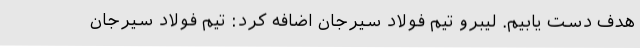
هدف دست یابیم. لیبرو تیم فولاد سیرجان اضافه کرد: تیم فولاد سیرجان